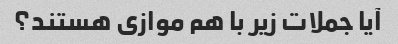
آیا جملات زیر با هم موازی هستند؟